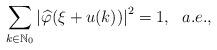
LaTeX: \begin{align*}\sum_{k\in \mathbb N_0}\left|\widehat{\varphi}(\xi+u(k))\right|^2=1, \ \ a.e.,\end{align*}